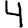
Digit: 4